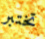
تختبر